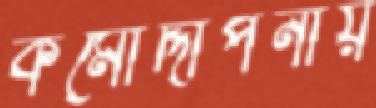
কর্মোদ্দীপনায়